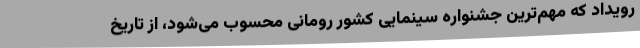
رویداد که مهم‌ترین جشنواره سینمایی کشور رومانی محسوب می‌شود، از تاریخ